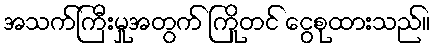
အသက်ကြီးမှုအတွက် ကြိုတင် ငွေစုထားသည်။